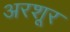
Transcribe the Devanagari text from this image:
अरशूर